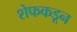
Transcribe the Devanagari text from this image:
शेफकडून